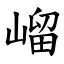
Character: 嵧